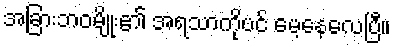
အခြားဘဝမျိုး၏ အရသာကိုပင် မေ့နေလေပြီ။